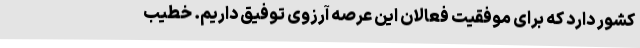
کشور دارد که برای موفقیت فعالان این عرصه آرزوی توفیق داریم. خطیب